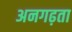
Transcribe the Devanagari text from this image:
अनगढ़ता